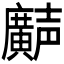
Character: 𫸌